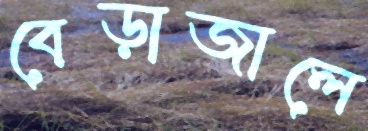
বেড়াজালে